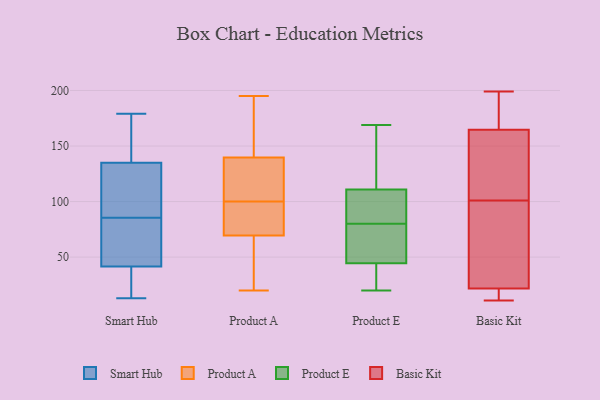
{"axis": {"x": "Energy Usage (MWh)", "y": "Value"}, "legend": ["Basic Kit", "Product A", "Product E", "Smart Hub"], "data": [{"x": "", "y": 84, "type": "Smart Hub"}, {"x": "", "y": 134, "type": "Smart Hub"}, {"x": "", "y": 83, "type": "Smart Hub"}, {"x": "", "y": 39, "type": "Smart Hub"}, {"x": "", "y": 154, "type": "Smart Hub"}, {"x": "", "y": 121, "type": "Smart Hub"}, {"x": "", "y": 87, "type": "Smart Hub"}, {"x": "", "y": 16, "type": "Smart Hub"}, {"x": "", "y": 30, "type": "Smart Hub"}, {"x": "", "y": 76, "type": "Smart Hub"}, {"x": "", "y": 133, "type": "Smart Hub"}, {"x": "", "y": 13, "type": "Smart Hub"}, {"x": "", "y": 24, "type": "Smart Hub"}, {"x": "", "y": 149, "type": "Smart Hub"}, {"x": "", "y": 94, "type": "Smart Hub"}, {"x": "", "y": 150, "type": "Smart Hub"}, {"x": "", "y": 44, "type": "Smart Hub"}, {"x": "", "y": 54, "type": "Smart Hub"}, {"x": "", "y": 136, "type": "Smart Hub"}, {"x": "", "y": 179, "type": "Smart Hub"}, {"x": "", "y": 66, "type": "Product A"}, {"x": "", "y": 181, "type": "Product A"}, {"x": "", "y": 100, "type": "Product A"}, {"x": "", "y": 140, "type": "Product A"}, {"x": "", "y": 80, "type": "Product A"}, {"x": "", "y": 20, "type": "Product A"}, {"x": "", "y": 139, "type": "Product A"}, {"x": "", "y": 110, "type": "Product A"}, {"x": "", "y": 90, "type": "Product A"}, {"x": "", "y": 66, "type": "Product A"}, {"x": "", "y": 195, "type": "Product A"}, {"x": "", "y": 169, "type": "Product E"}, {"x": "", "y": 83, "type": "Product E"}, {"x": "", "y": 41, "type": "Product E"}, {"x": "", "y": 55, "type": "Product E"}, {"x": "", "y": 20, "type": "Product E"}, {"x": "", "y": 86, "type": "Product E"}, {"x": "", "y": 145, "type": "Product E"}, {"x": "", "y": 119, "type": "Product E"}, {"x": "", "y": 21, "type": "Product E"}, {"x": "", "y": 61, "type": "Product E"}, {"x": "", "y": 80, "type": "Product E"}, {"x": "", "y": 199, "type": "Basic Kit"}, {"x": "", "y": 22, "type": "Basic Kit"}, {"x": "", "y": 86, "type": "Basic Kit"}, {"x": "", "y": 139, "type": "Basic Kit"}, {"x": "", "y": 162, "type": "Basic Kit"}, {"x": "", "y": 143, "type": "Basic Kit"}, {"x": "", "y": 36, "type": "Basic Kit"}, {"x": "", "y": 11, "type": "Basic Kit"}, {"x": "", "y": 19, "type": "Basic Kit"}, {"x": "", "y": 21, "type": "Basic Kit"}, {"x": "", "y": 173, "type": "Basic Kit"}, {"x": "", "y": 198, "type": "Basic Kit"}, {"x": "", "y": 129, "type": "Basic Kit"}, {"x": "", "y": 101, "type": "Basic Kit"}, {"x": "", "y": 50, "type": "Basic Kit"}, {"x": "", "y": 11, "type": "Basic Kit"}, {"x": "", "y": 175, "type": "Basic Kit"}]}